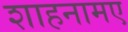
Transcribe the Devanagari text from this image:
शाहनामए